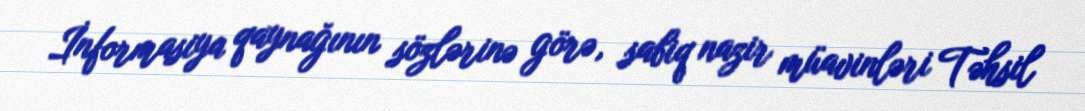
İnformasiya qaynağının sözlərinə görə, sabiq nazir müavinləri Təhsil